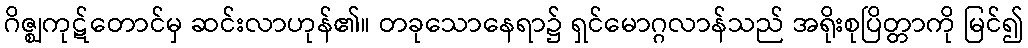
ဂိဇ္ဈကုဋ်တောင်မှ ဆင်းလာဟုန်၏။ တခုသောနေရာ၌ ရှင်မောဂ္ဂလာန်သည် အရိုးစုပြိတ္တာကို မြင်၍